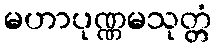
မဟာပုဏ္ဏမသုတ္တံ